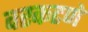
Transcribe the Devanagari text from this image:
वरकटणे